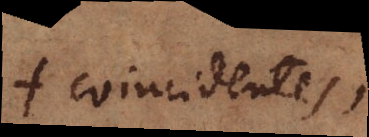
+ coincidentes,